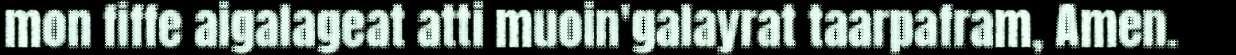
mon fiffe aigalageat atti muoin'galayrat taarpafram, Amen.